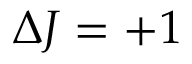
\Delta J = + 1